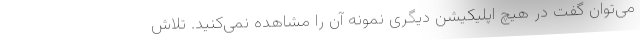
می‌توان گفت در هیچ اپلیکیشن دیگری نمونه آن را مشاهده نمی‌کنید. تلاش